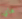
هاي